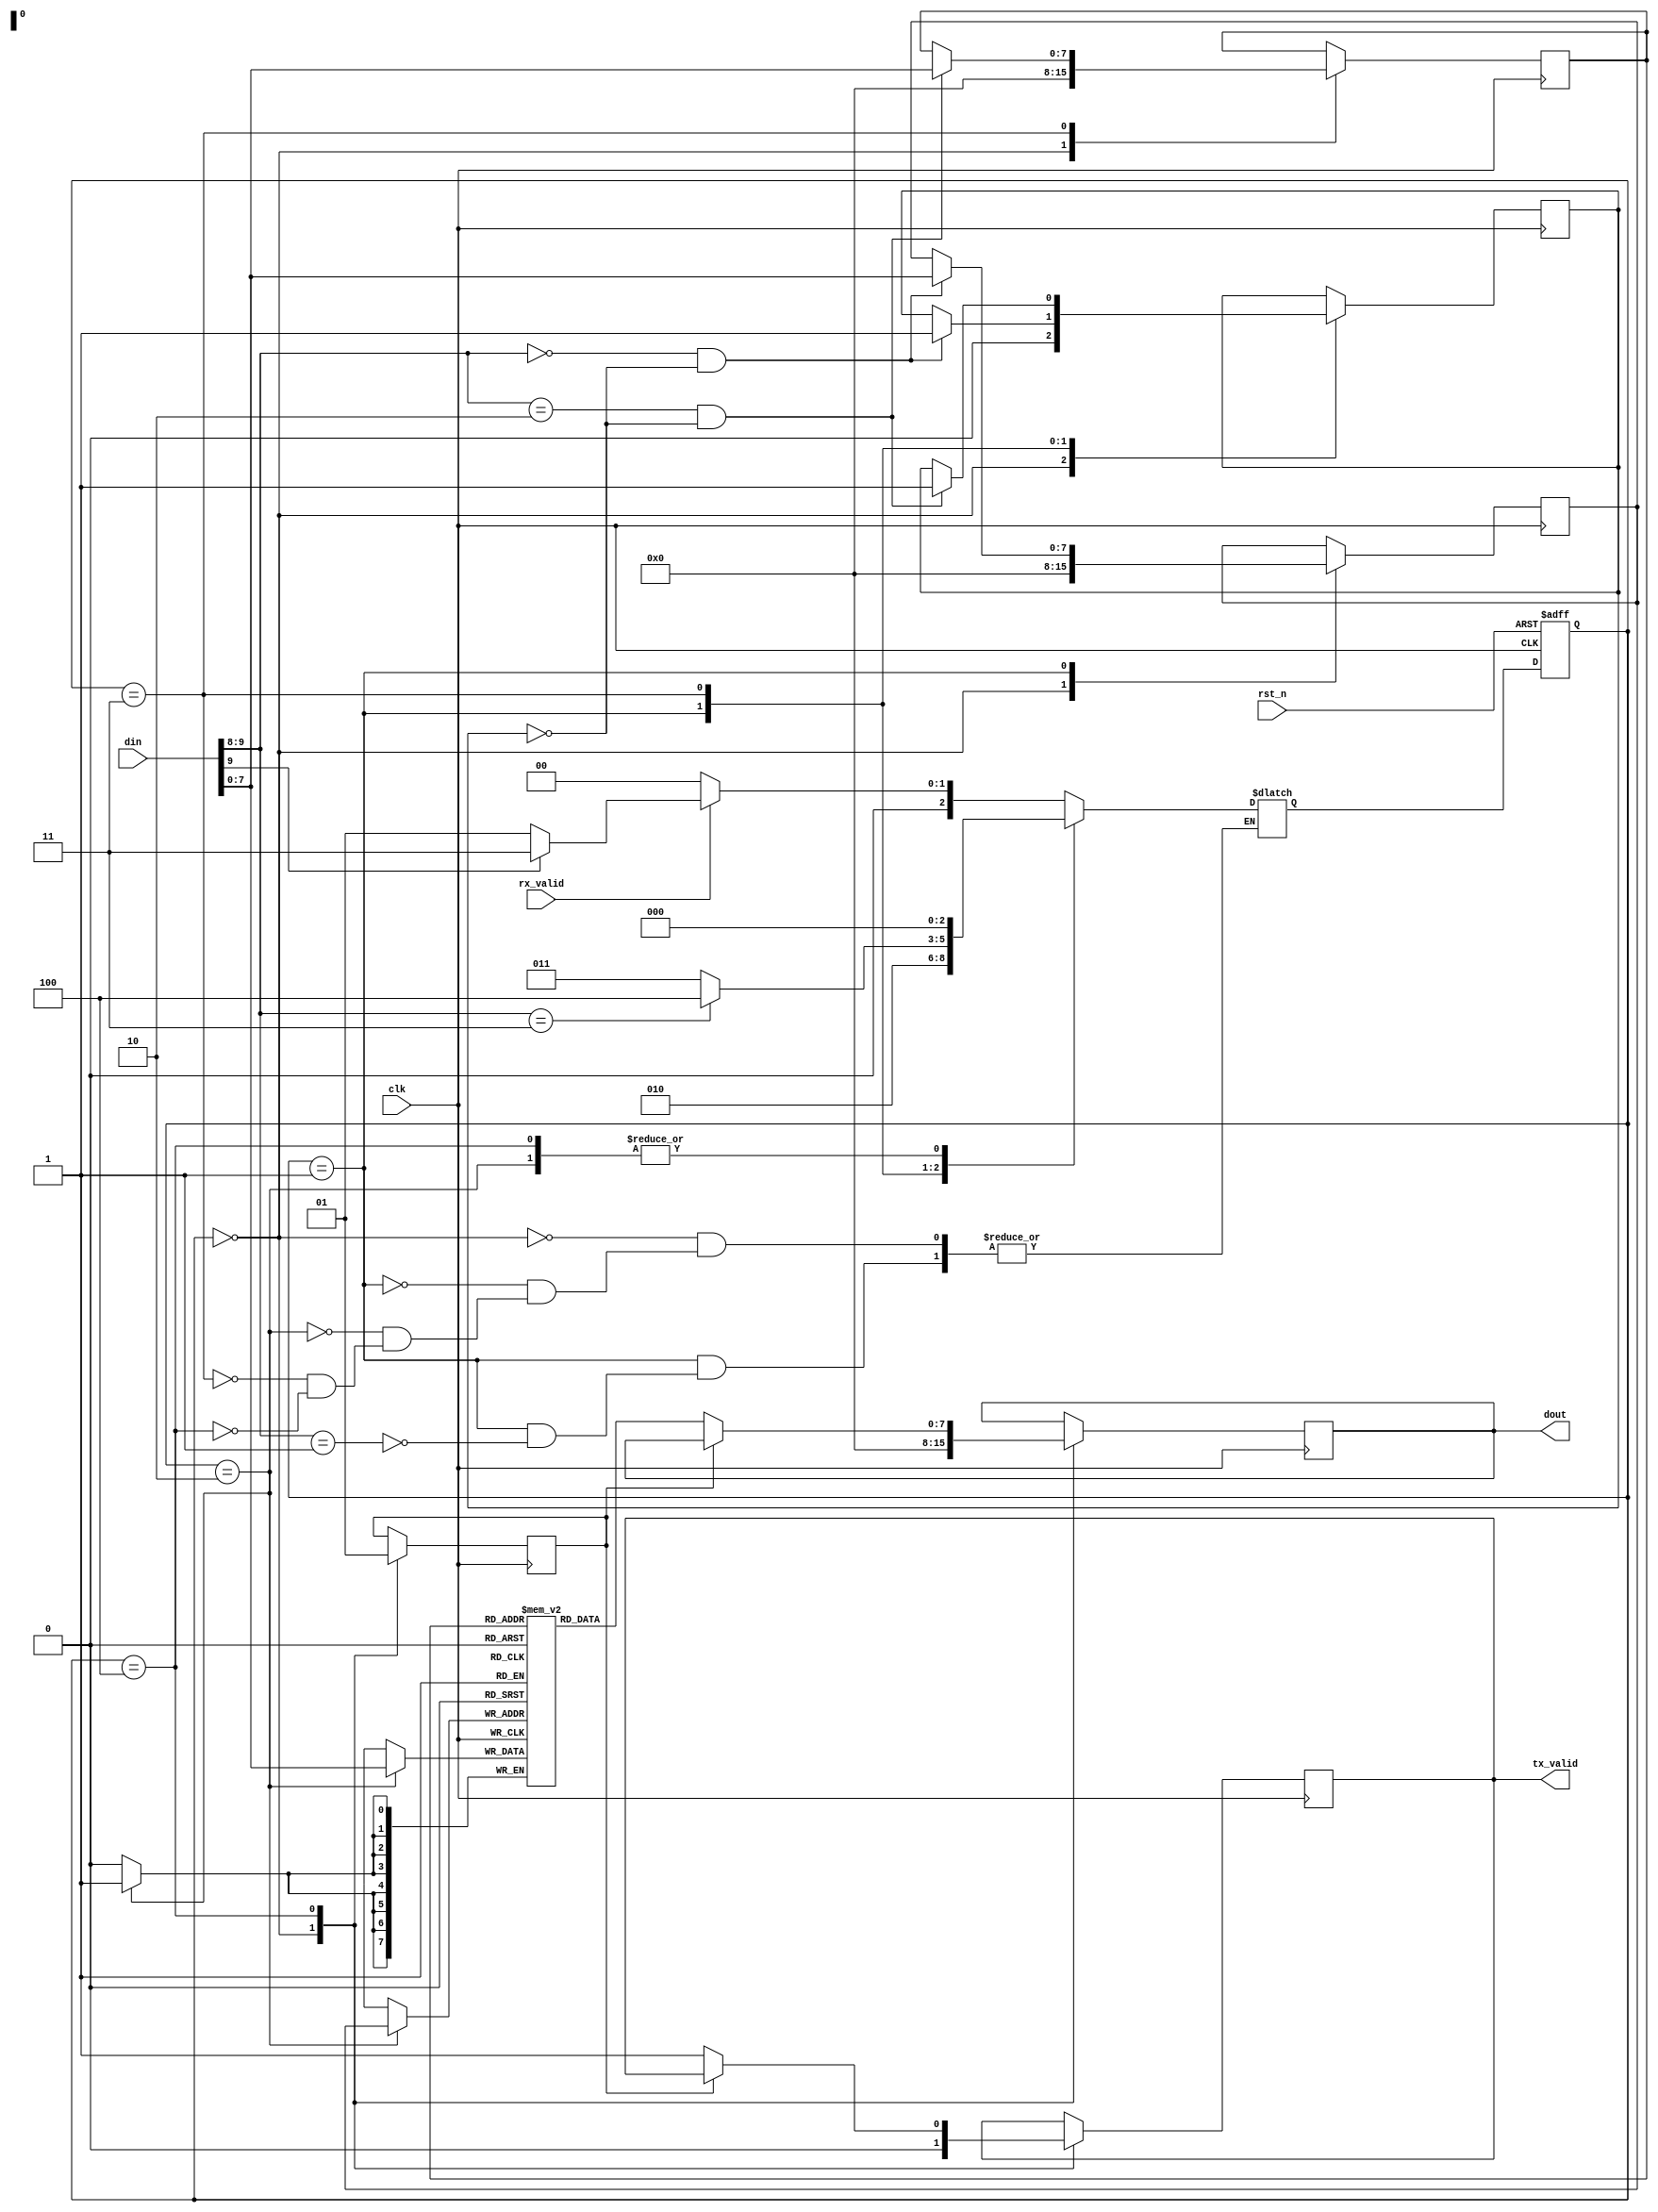
module RAM #(parameter  MEM_DEPTH = 'd256 , parameter ADDR_SIZE = 'd8)
(                                                  
input               clk,
input             rst_n,
input [9:0]         din,
input          rx_valid,

output reg [7:0]    dout,
output reg      tx_valid);

reg [2:0] current_state,next_state;                          

parameter IDLE =          3'b000;
parameter WRITE_ADDR =    3'b001;
parameter WRITE_DATA =    3'b010;  
parameter READ_ADDR    =  3'b011;
parameter READ_DATA    =  3'b100;


reg [ADDR_SIZE-1:0] temp_address, read_address ,write_address;
reg flag , h_flag;


reg [7:0] ram_mem [MEM_DEPTH-1 : 0];


always @(posedge clk or negedge rst_n) begin
	if (~rst_n) begin
	current_state <= IDLE;	
	end
	else 
	current_state <= next_state;	
end




always @(*) begin

  case(current_state)

     IDLE: begin 
     if(rx_valid)begin

            if (!din[9]) begin
            	 next_state = WRITE_ADDR;
             end

            else begin
           	  next_state = READ_ADDR;
             end
            end
         
       else
           next_state = IDLE;
            end


    WRITE_ADDR: begin
               if(din[9:8] == 2'b01)begin
               next_state = WRITE_DATA;
               end 
               
               end
               
               
    WRITE_DATA: begin
               next_state = IDLE; 
                end           


    READ_ADDR : begin 
                if(din[9:8] == 2'b11)
                next_state = READ_DATA;
                
                else begin
                next_state = READ_ADDR;  
                end
              end
                
      READ_DATA: begin
                  next_state = IDLE;
                 end            
  endcase

  end

  always @(posedge clk) begin
   
   case(current_state) 

  IDLE:      begin
             dout     <= 8'b0;
             tx_valid <= 1'b0;
             temp_address <= 0;
             read_address <= 0;
             write_address <= 0;
             flag <= 0;
             h_flag <= 0;
             end 

  WRITE_ADDR: begin
                 if(din[9:8] == 2'b00 && flag == 1'b0)begin
                 write_address <= din[7:0];
                  flag <= 1'b1;
                   end
                 end
            

   
  WRITE_DATA: begin
                 ram_mem[write_address] <= din[7:0];
               end



  READ_ADDR: begin   
              
              if(din[9:8] == 2'b10 && flag == 1'b0)begin
              read_address <= din[7:0] ;
              flag <=1;    
            end
            end


 READ_DATA: begin       
           if(!h_flag)  begin                   
           tx_valid <= 1'b1;
           dout <= ram_mem[read_address];
           h_flag <= 1'b1;
         end
            end       

   endcase 
  end

endmodule